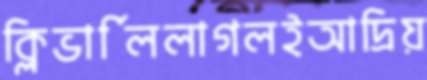
ক্লিভার্লিলাগলইআদ্রিয়